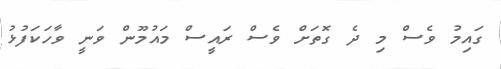
ގައިމު ވެސް މި ދެ ގޮތަށް ވެސް ރައީސް މައުމޫން ވަނީ ވާހަކަފުޅު